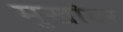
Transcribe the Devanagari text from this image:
मुखांवर